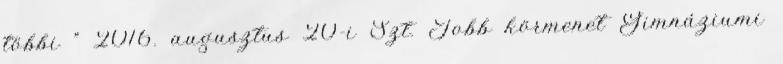
többi ” 2016. augusztus 20-i Szt. Jobb körmenet Gimnáziumi